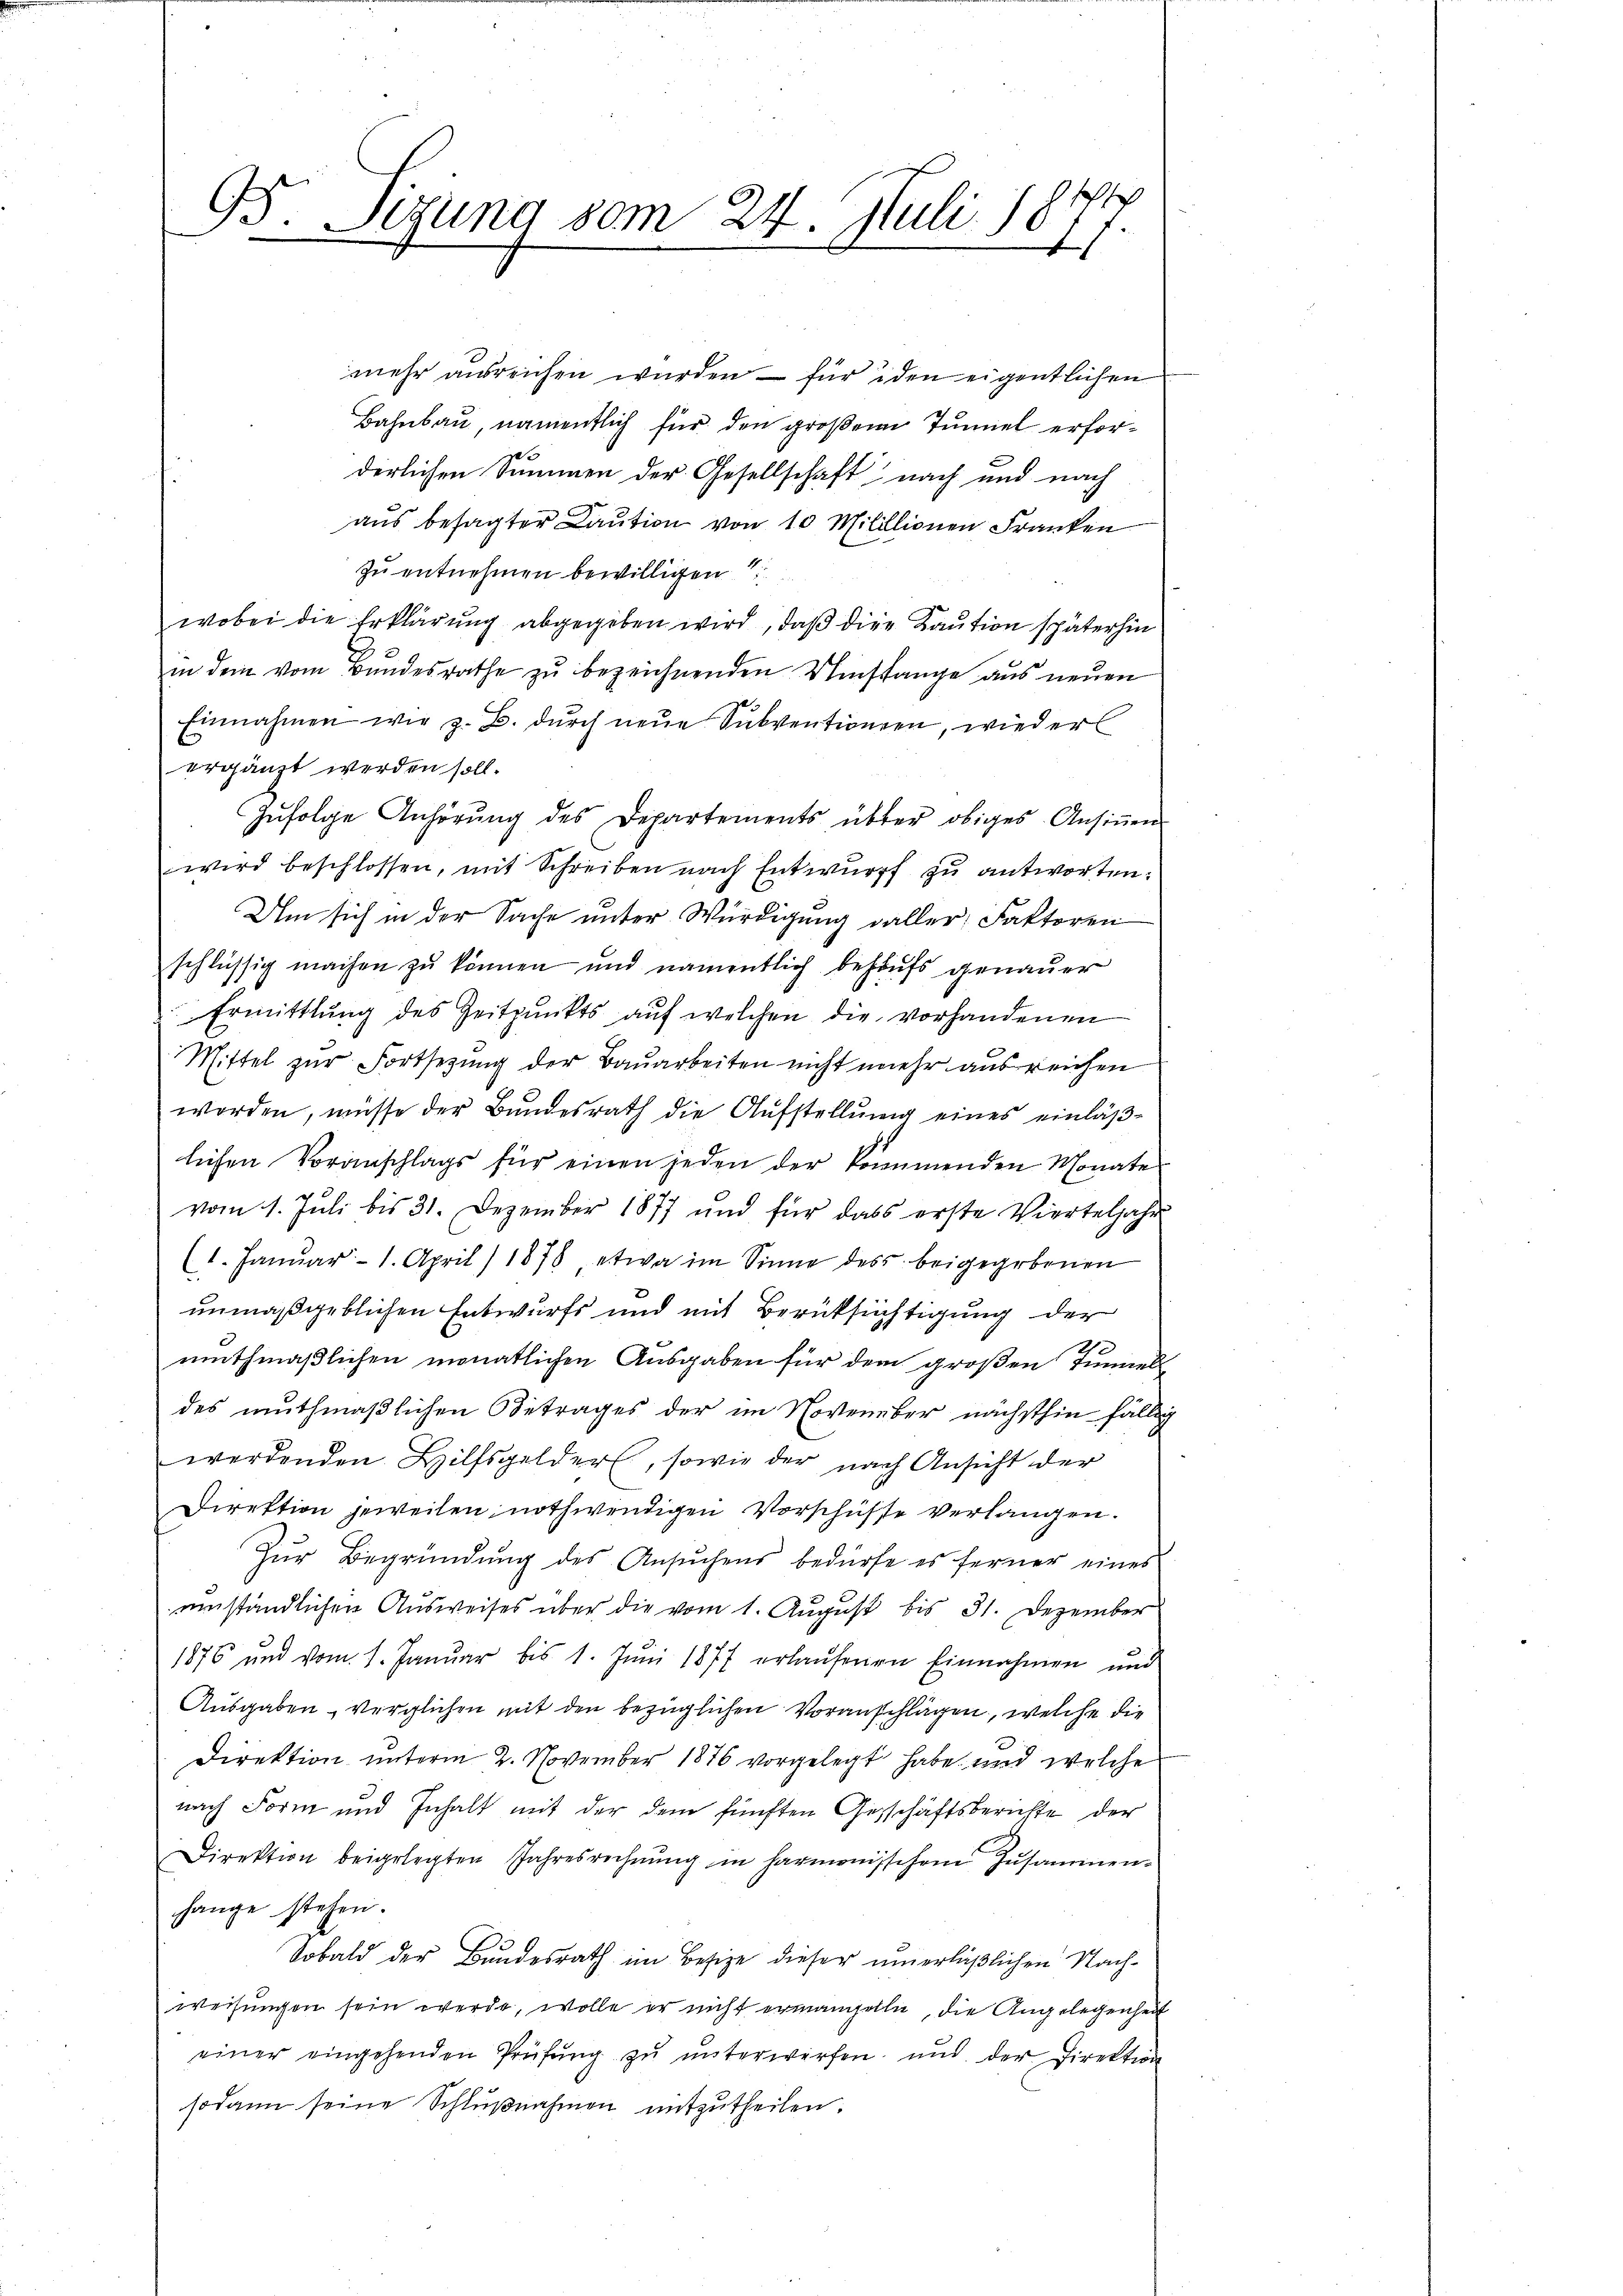
.
13. Sizung vom 24. Juli 1877.
E
m

mehr ausreichen wurden – für iden eigentlichen
Bahnbau, namentlich für den großem Tunnel erfore
derlichen Summen der Gesellschaft nach und nach
aus besagter Caution von 10 Milillionen Franken
zu entnehmen bewilligen
wobei die Erklärung abgegeben wird, daß die Kaution späterhin
in dem vom Bŭndesrathe zŭ bezeichnenden Umstange aus neŭen
Einnahmen wie z. B. dŭrch neŭe Subventionen, wieder
ergänzt werden soll.
Zŭfolge Anhörŭng des Departements über obiges Ansiṅen
wird beschlossen, mit Schreiben nach Entwurff zu antworten:
Um sich in der Sache unter Würdigung aller Faktoren
schlüssig machen zu können und namentlich behufs genauer
Ermittlung des Zeitpunkts aŭf welchen die vorhandenen
Mittel zur Fortsetzung der Bauarbeiten nicht mehr ausreichen
worden, müsse der Bundesrath die Aufstellung eines einläßlichen Voranschlags für einen jeden der kommenden Monate
vom 1. Juli bis 31. Dezember 1877 und für dass erste Vierteljahr
(1. Janŭar 1. April 1878, etwa im Sinne des beigegebenen
unmaßgeblichen Entwurfs und mit Berüksichtigung der
e
muthmaßlichen monatlichen Ausgaben für dem großen Immel
des muthmaßlichen Betrages der im Novenüber nächsthin fällig
werdenden Hilfsgelder, sowie der nach Ansicht der
Direktion jeweilen nothwendigen Vorschüsse verlangen.
Zŭr Begründŭng des Ansŭchens bedürfe es ferner eines
umständlichen Ausweises über die vom 1. August bis 31. Dezember
1876 und vom 1. Januar bis 1. Jŭni 1877 erlaufenen Einnahmen und
Ausgaben, verglichen mit den bezüglichen Voranschlägen, welche die
Direktion unterm 2. November 1876 vorgelegt habe und welche
nach Form und Inhalt mit der dem fünften Geschäftsberichte der
Direktion beigelegten Jahresrechnŭng in harmonischem Zusammen-
hange stehen.
Sobald der Bundesrath im Besize dieser unerläßlichen Nachweisungen sein werde, wolle er nicht ermangelle, die Angelegenheit
einer eingehenden Prüfŭng zŭ ŭnterwerfen, und der Direktion
sodann seine Schlußnahmen mitzutheilen.